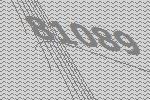
81089